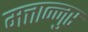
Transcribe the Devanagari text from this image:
मत्तान्नुर